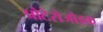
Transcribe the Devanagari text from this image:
प्रोटेरोजोइक